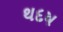
થદષ